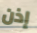
إذن